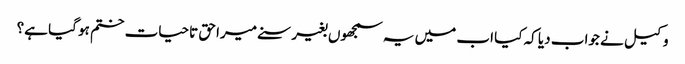
وکیل نے جواب دیا کہ کیا اب میں یہ سمجھوں بغیر سنے میرا حق تاحیات ختم ہو گیا ہے؟